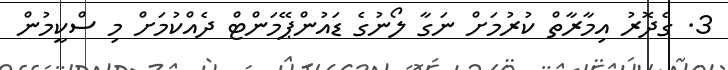
3. ގެދޮރު އިމާރާތް ކުރުމަށް ނަގާ ލޯނުގެ ޑައުންޕޭމަންޓް ދެއްކުމަށް މި ސްކީމުން